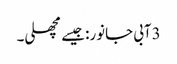
3آبی جانور: جیسے مچھلی۔